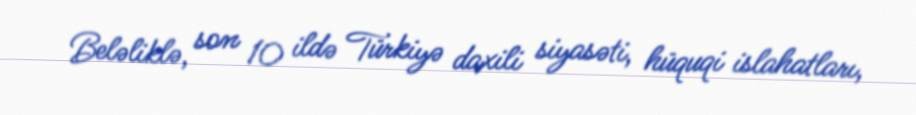
Beləliklə, son 10 ildə Türkiyə daxili siyasəti, hüquqi islahatları,